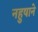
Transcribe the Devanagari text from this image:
नहुषाने